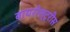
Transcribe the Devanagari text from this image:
बायरोस्ट्रीस